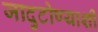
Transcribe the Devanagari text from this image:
जादुटोण्याशी